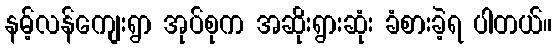
နမ့်လန်ကျေးရွာ အုပ်စုက အဆိုးရွားဆုံး ခံစားခဲ့ရ ပါတယ်။